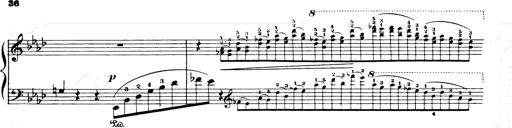
Title: Consolations and LiebestrÃ¤ume for the Piano
Composer: Franz Liszt